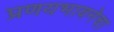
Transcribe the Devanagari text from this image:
प्रणयभावनेचा